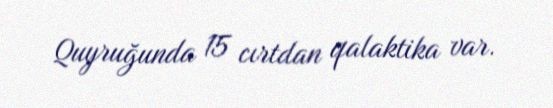
Quyruğunda 15 cırtdan qalaktika var.